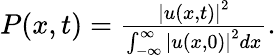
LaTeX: \begin{array}{r}{P(x,t)=\frac{\left\vert u(x,t)\right\vert^{2}}{\int_{-\infty}^{\infty}\left\vert u(x,0)\right\vert^{2}dx}.}\end{array}